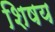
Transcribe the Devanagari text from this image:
शिषय